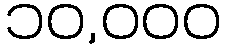
၁၀,၀၀၀